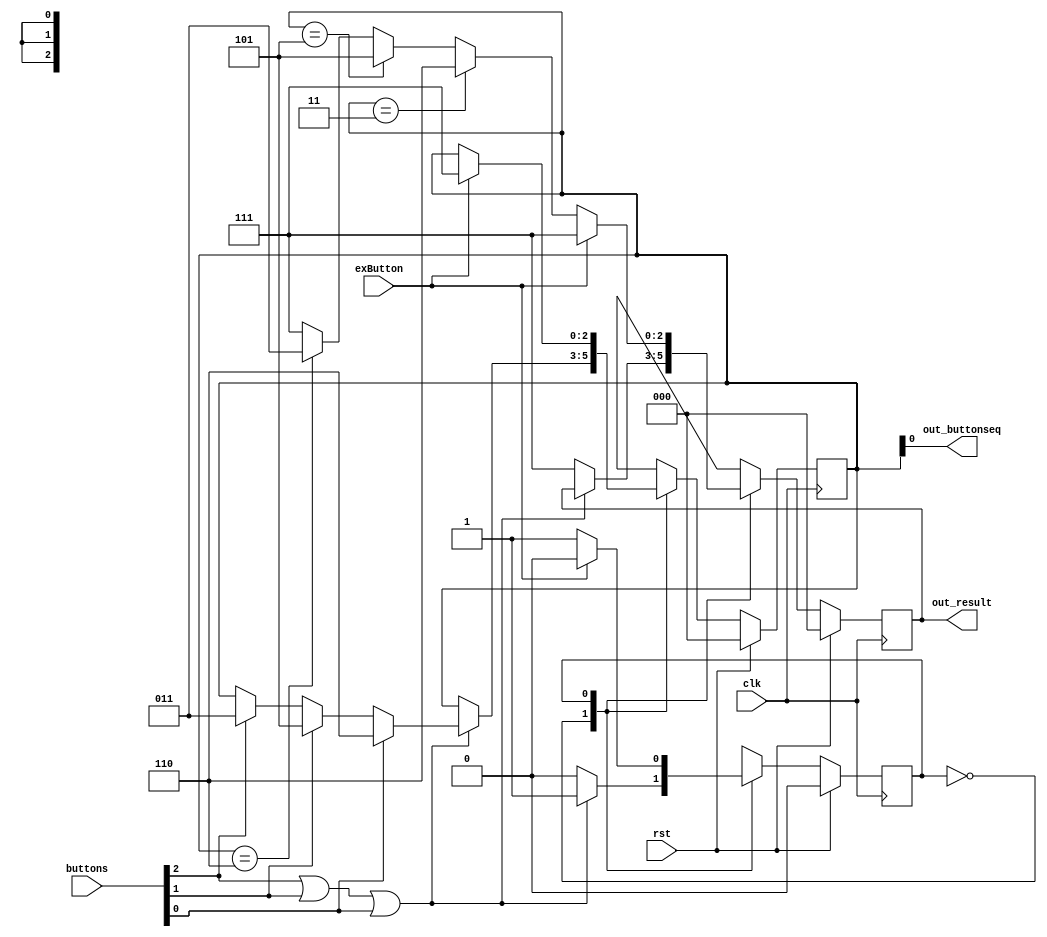
/*
   This file was generated automatically by Alchitry Labs version 1.2.7.
   Do not edit this file directly. Instead edit the original Lucid source.
   This is a temporary file and any changes made to it will be destroyed.
*/

module sequence_checker_3 (
    input [2:0] buttons,
    input exButton,
    input clk,
    input rst,
    output reg [2:0] out_result,
    output reg out_buttonseq
  );
  
  
  
  reg [2:0] M_sequence_d, M_sequence_q = 1'h0;
  
  reg [2:0] M_result_d, M_result_q = 1'h0;
  
  localparam MATCH = 9'h1ab;
  
  
  localparam WAITFIRSTPRESS_brain = 1'd0;
  localparam CHECKPRESS_brain = 1'd1;
  
  reg M_brain_d, M_brain_q = WAITFIRSTPRESS_brain;
  
  always @* begin
    M_brain_d = M_brain_q;
    M_result_d = M_result_q;
    M_sequence_d = M_sequence_q;
    
    
    case (M_brain_q)
      WAITFIRSTPRESS_brain: begin
        if (buttons[2+0-:1] | buttons[1+0-:1] | buttons[0+0-:1]) begin
          if (buttons[0+0-:1]) begin
            M_sequence_d = 3'h6;
          end else begin
            if (buttons[1+0-:1]) begin
              M_sequence_d = 3'h5;
            end else begin
              if (buttons[2+0-:1]) begin
                M_sequence_d = 3'h3;
              end
            end
          end
          M_brain_d = CHECKPRESS_brain;
        end else begin
          M_result_d = 3'h7;
          M_brain_d = WAITFIRSTPRESS_brain;
        end
      end
      CHECKPRESS_brain: begin
        if (M_sequence_q == 3'h3) begin
          M_result_d = 3'h6;
        end else begin
          if (M_sequence_q == 3'h5) begin
            M_result_d = 3'h5;
          end else begin
            if (M_sequence_q == 3'h6) begin
              M_result_d = 3'h3;
            end else begin
              M_result_d = 3'h7;
            end
          end
        end
        M_brain_d = CHECKPRESS_brain;
        if (exButton) begin
          M_sequence_d = 3'h7;
          M_result_d = 3'h7;
          M_brain_d = WAITFIRSTPRESS_brain;
        end
      end
    endcase
    out_result = M_result_q;
    out_buttonseq = M_sequence_q;
  end
  
  always @(posedge clk) begin
    if (rst == 1'b1) begin
      M_result_q <= 1'h0;
    end else begin
      M_result_q <= M_result_d;
    end
  end
  
  
  always @(posedge clk) begin
    if (rst == 1'b1) begin
      M_sequence_q <= 1'h0;
    end else begin
      M_sequence_q <= M_sequence_d;
    end
  end
  
  
  always @(posedge clk) begin
    if (rst == 1'b1) begin
      M_brain_q <= 1'h0;
    end else begin
      M_brain_q <= M_brain_d;
    end
  end
  
endmodule